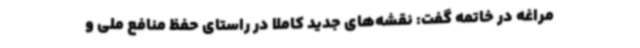
مراغه در خاتمه گفت: نقشه‌های جدید کاملا در راستای حفظ منافع ملی و